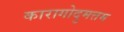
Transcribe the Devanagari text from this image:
कारागोदुमत्तम